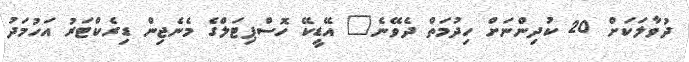
ދުވާލަކަށް 20 ކުދިންނަށް ހިދުމަތް ދެވޭނެ" އޭޑީކޭ ހޮސްޕިޓަލްގެ މެނެޖިން ޑިރެކްޓަރު އަހުމަދު